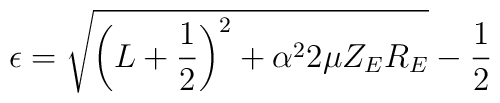
\epsilon =\sqrt {\left(L+\frac 12\right)^2+\alpha^22\mu Z_ER_E}-\frac 12